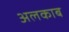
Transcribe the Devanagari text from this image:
अलकाब